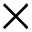
\times